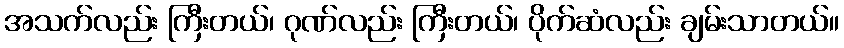
အသက်လည်း ကြီးတယ်၊ ဂုဏ်လည်း ကြီးတယ်၊ ပိုက်ဆံလည်း ချမ်းသာတယ်။